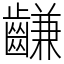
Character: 𪙊